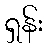
ရှန်း